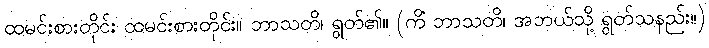
ထမင်းစားတိုင်း ထမင်းစားတိုင်း။ ဘာသတိ၊ ရွတ်၏။ (ကိံ ဘာသတိ၊ အဘယ်သို့ ရွတ်သနည်း။)